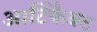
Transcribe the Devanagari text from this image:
आर्टिफैक्ट